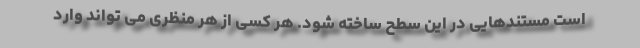
است مستندهایی در این سطح ساخته شود. هر کسی از هر منظری می تواند وارد